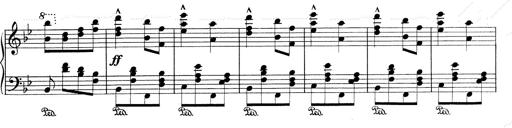
Title: RÃ©miniscences de Don Juan
Composer: Franz Liszt